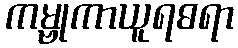
ကမ္ဗုကာယူရဓရာ